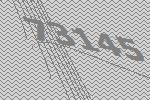
73145